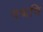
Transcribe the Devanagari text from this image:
यद्मपि